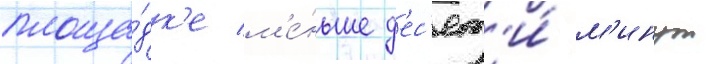
площа́дк'е м'е́ньше д'ес'ят'и́ м'инут